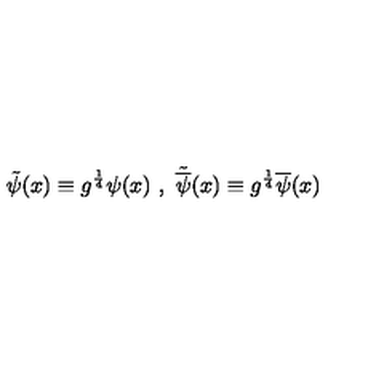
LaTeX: \tilde { \psi } ( x ) \equiv { g } ^ { \frac { 1 } { 4 } } \psi ( x ) \ , \ \tilde { \overline { { \psi } } } ( x ) \equiv { g } ^ { \frac { 1 } { 4 } } \overline { { \psi } } ( x )